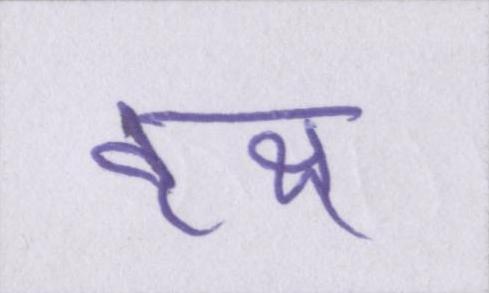
वृक्ष